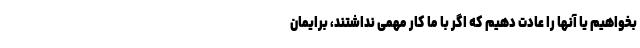
بخواهیم یا آنها را عادت دهیم که اگر با ما کار مهمی نداشتند، برایمان